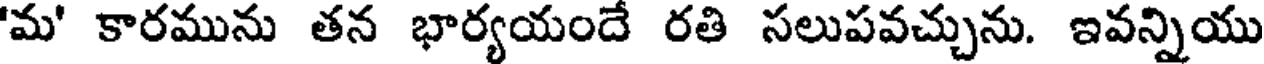
'మ' కారమును తన భార్యయందే రతి సలుపవచ్చును. ఇవన్నియు